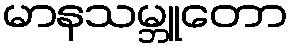
မာနသမ္ဘူတော